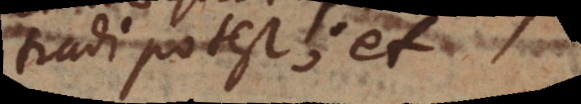
tradi potest; et